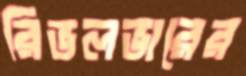
রিভলভারের